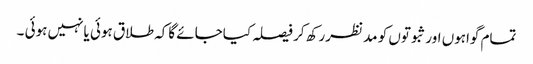
تمام گواہوں اورثبوتوں کو مد نظررکھ کر فیصلہ کیاجائے گاکہ طلاق ہوئی یانہیں ہوئی ۔